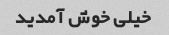
خیلی خوش آمدید